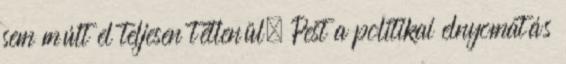
sem múlt el teljesen tétlenül. Pest a politikai elnyomatás